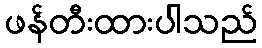
ဖန်တီးထားပါသည်